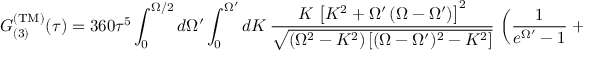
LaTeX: G _ { ( 3 ) } ^ { \mathrm { ( T M ) } } ( \tau ) = 3 6 0 \tau ^ { 5 } \int _ { 0 } ^ { \Omega / 2 } d \Omega ^ { \prime } \int _ { 0 } ^ { \Omega ^ { \prime } } d K \, \frac { K \, \left[ K ^ { 2 } + \Omega ^ { \prime } \left( \Omega - \Omega ^ { \prime } \right) \right] ^ { 2 } } { \sqrt { ( \Omega ^ { 2 } - K ^ { 2 } ) \left[ ( \Omega - \Omega ^ { \prime } ) ^ { 2 } - K ^ { 2 } \right] } } \, \left( \frac { 1 } { e ^ { \Omega ^ { \prime } } - 1 } + \frac { 1 } { e ^ { \Omega - \Omega ^ { \prime } } - 1 } \right) .